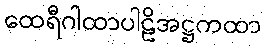
ထေရီဂါထာပါဠိအဋ္ဌကထာ